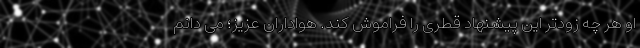
او هر چه زودتر این پیشنهاد قطری را فراموش کند. هواداران عزیز؛ می دانم